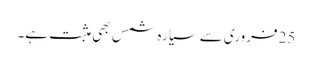
25فروری سے سیارہ شمس بھی مثبت ہے۔